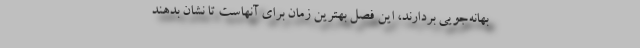
بهانه‌جویی بردارند، این فصل بهترین زمان برای آنهاست تا نشان بدهند